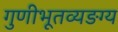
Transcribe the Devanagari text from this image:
गुणीभूतव्यङग्य